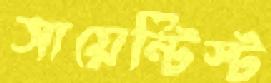
সায়েন্টিস্ট